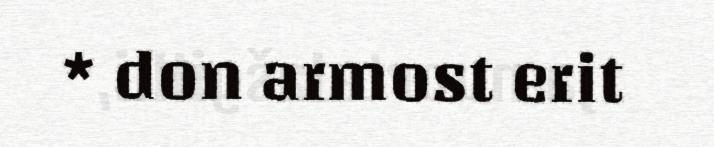
* don armost erit